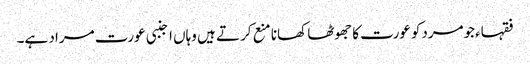
فقہاءجومردکوعورت کا جھوٹھا کھانا منع کرتے ہیں وہاں اجنبی عورت مراد ہے۔